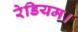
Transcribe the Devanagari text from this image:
रेडियम।